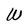
Character: W